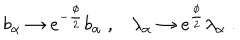
b _ { \alpha } \to e ^ { - \frac { \phi } { 2 } } b _ { \alpha } \; , \lambda _ { \alpha } \to e ^ { \frac { \phi } { 2 } } \lambda _ { \alpha } \; .